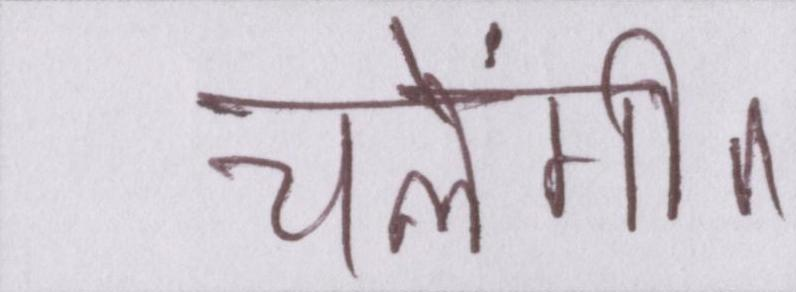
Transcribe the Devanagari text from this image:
चलेंगी।